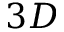
3 D